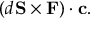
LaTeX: ( d \mathbf { S } \times \mathbf { F } ) \cdot \mathbf { c } .